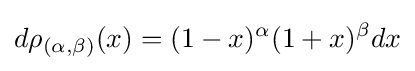
d\rho _{(\alpha ,\beta )}(x)=(1-x)^{\alpha }(1+x)^{\beta }dx